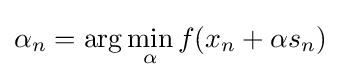
\displaystyle \alpha _{n}=\arg \min _{\alpha }f(x_{n}+\alpha s_{n})